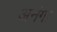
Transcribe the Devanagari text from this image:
अनंगा